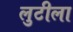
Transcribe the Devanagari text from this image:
लुटीला